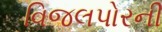
વિજલપોરની